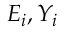
E _ { i } , Y _ { i }